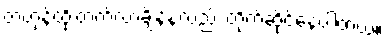
တဟုန်ထိုးတက်လာချိန်နဲ့လည်း တိုက်ဆိုင်နေပါတယ်။